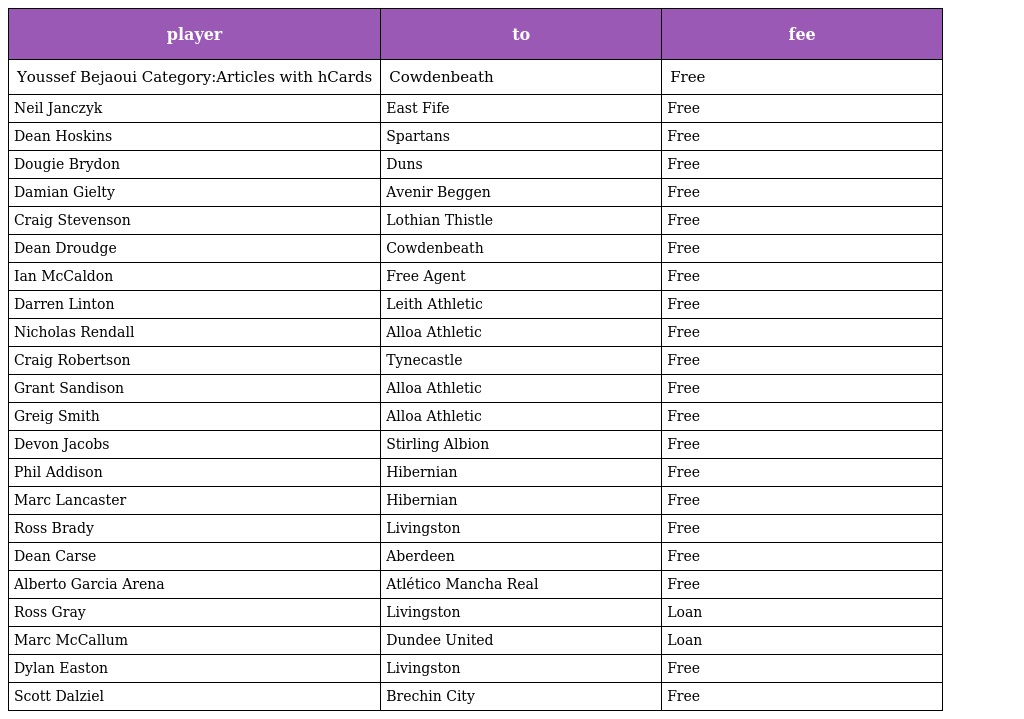
| player | to | fee |
 | --- | --- | --- |
 | Youssef Bejaoui Category:Articles with hCards | Cowdenbeath | Free |
 | Neil Janczyk | East Fife | Free |
 | Dean Hoskins | Spartans | Free |
 | Dougie Brydon | Duns | Free |
 | Damian Gielty | Avenir Beggen | Free |
 | Craig Stevenson | Lothian Thistle | Free |
 | Dean Droudge | Cowdenbeath | Free |
 | Ian McCaldon | Free Agent | Free |
 | Darren Linton | Leith Athletic | Free |
 | Nicholas Rendall | Alloa Athletic | Free |
 | Craig Robertson | Tynecastle | Free |
 | Grant Sandison | Alloa Athletic | Free |
 | Greig Smith | Alloa Athletic | Free |
 | Devon Jacobs | Stirling Albion | Free |
 | Phil Addison | Hibernian | Free |
 | Marc Lancaster | Hibernian | Free |
 | Ross Brady | Livingston | Free |
 | Dean Carse | Aberdeen | Free |
 | Alberto Garcia Arena | Atlético Mancha Real | Free |
 | Ross Gray | Livingston | Loan |
 | Marc McCallum | Dundee United | Loan |
 | Dylan Easton | Livingston | Free |
 | Scott Dalziel | Brechin City | Free |